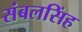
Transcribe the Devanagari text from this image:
संबलसिंह